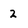
Character: 2